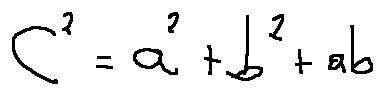
c ^ { 2 } = a ^ { 2 } + b ^ { 2 } + a b